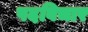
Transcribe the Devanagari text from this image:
पदविचार